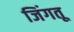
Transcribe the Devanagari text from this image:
जिंगतू